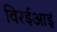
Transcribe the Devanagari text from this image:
विरईआइं